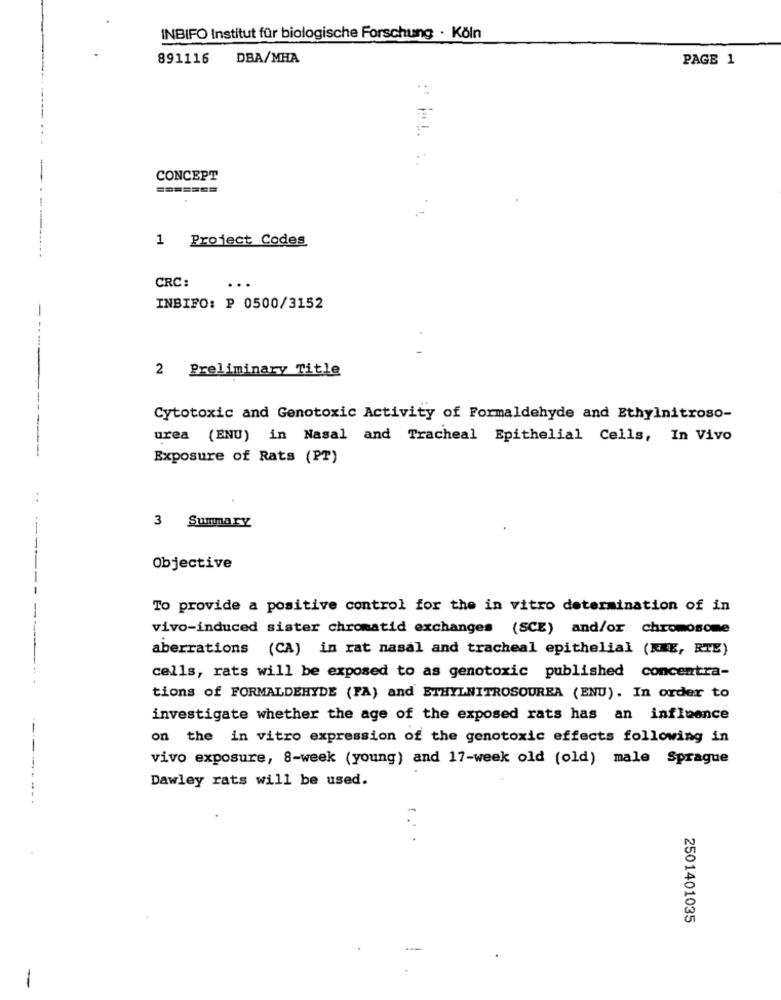
INBIFO Institut für biologische Forschung · Köln
891116
DBA/MHA
PAGE 1
CONCEPT
=======
1 Project Codes
CRC:
INBIFO: P 0500/3152
2 Preliminary Title
Cytotoxic and Genotoxic Activity of Formaldehyde and Ethylnitroso-
urea (ENU) in Nasal and Tracheal Epithelial Cells, In Vivo
-----
Exposure of Rats (PT)
--
3 Summary
Objective
To provide a positive control for the in vitro determination of in
vivo-induced sister chromatid exchanges (SCE) and/or chromosome
aberrations (CA) in rat nasal and tracheal epithelial (RRE, RTE)
cells, rats will be exposed to as genotoxic published concentra-
tions of FORMALDEHYDE (FA) and ETHYLNITROSOUREA (ENU). In order to
investigate whether the age of the exposed rats has an influence
on the in vitro expression of the genotoxic effects following in
vivo exposure, 8-week (young) and 17-week old (old) male Sprague
Dawley rats will be used.
.
2501401035